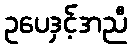
ဥပေဒှင့်အညီ